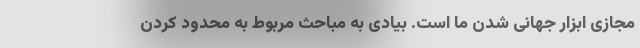
مجازی ابزار جهانی شدن ما است. بیادی به مباحث مربوط به محدود کردن